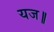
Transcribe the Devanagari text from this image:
यज॥